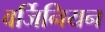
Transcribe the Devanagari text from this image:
वर्जिनियन